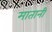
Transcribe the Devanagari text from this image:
मातानी